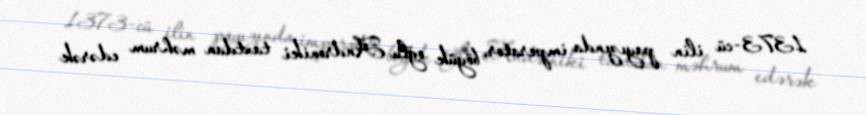
1373-cü ilin payızında imperator, böyük oğlu Androniki taxtdan məhrum edərək